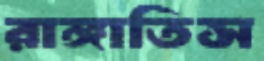
রাঙ্গাতিস